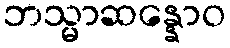
ဘသ္မာဆန္နောဝ